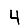
Digit: 4